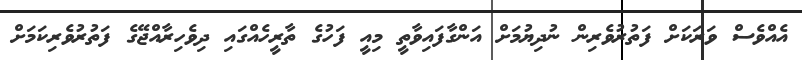
އެއްވެސް ވަރަކަށް ފަތުރުވެރިން ނުދިޔުމަށް އަންގާފައިވާތީ މިއީ ފަހުގެ ތާރީހެއްގައި ދިވެހިރާއްޖޭގެ ފަތުރުވެރިކަމަށް